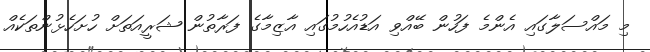
މި މައްސަލާގައި އެންމެ ފަހުން ބޭއްވި އަޑުއެހުމުގައި އާޒިމާގެ ފަރާތުން ޝަރީއަތަށް ހުށަހެޅުންތަކެއް